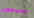
سيمون